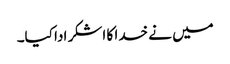
میں نے خدا کا اشکر ادا کیا۔